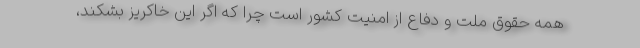
همه حقوق ملت و دفاع از امنیت کشور است چرا که اگر این خاکریز بشکند،